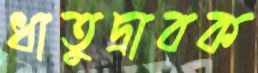
ধাতুদ্রাবক